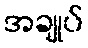
အချုပ်